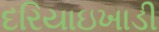
દરિયાઇખાડી